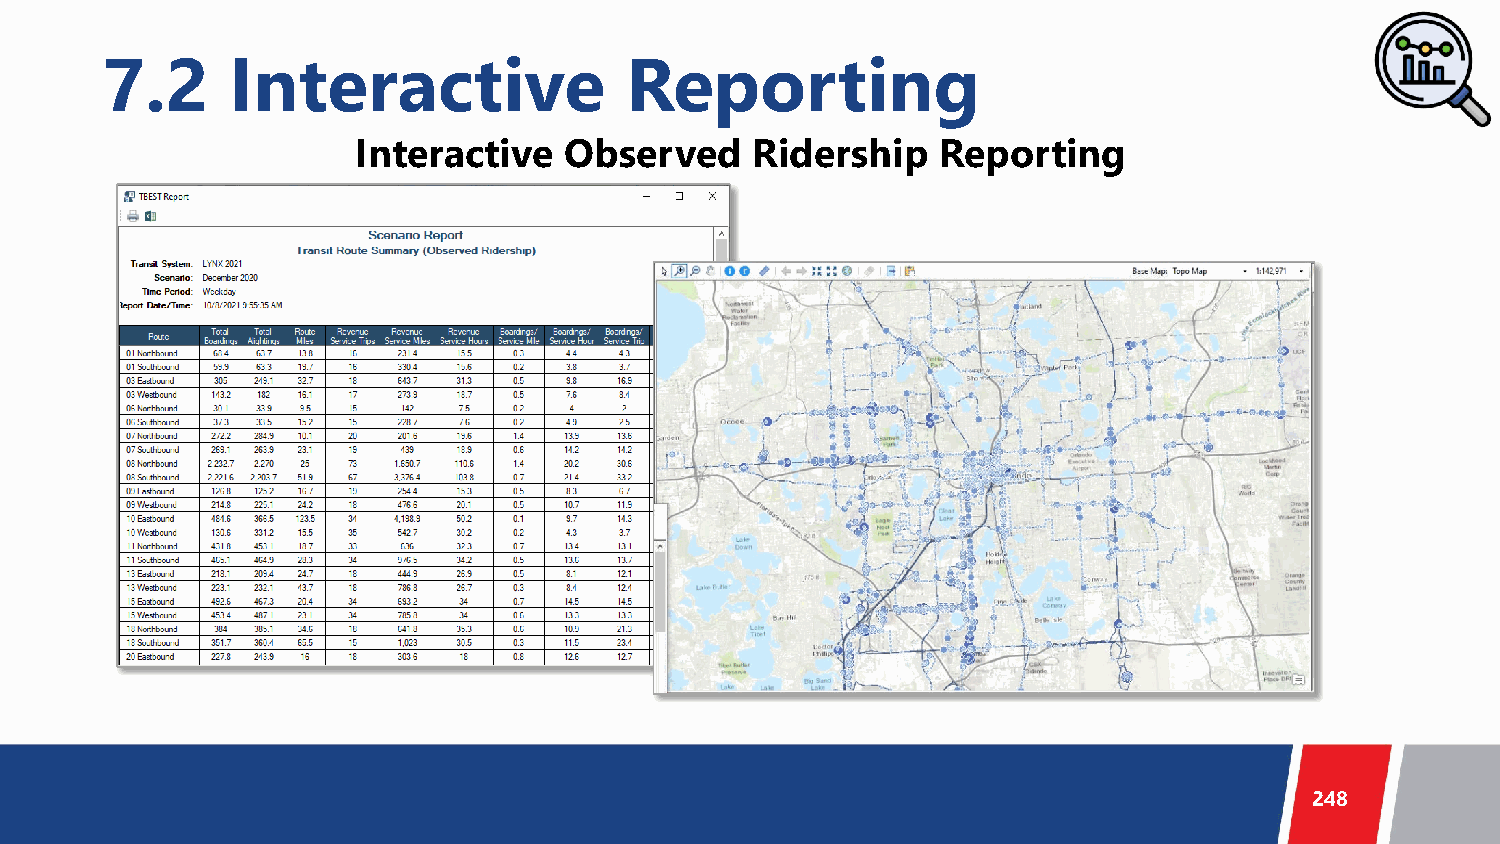
7.2     Interactive               Reporting
 Interactive  Observed     Ridership   Reporting
 248